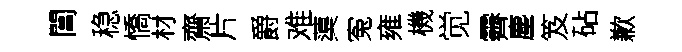
閶稳憍材齋片爵难蕖寃雍機觉霽塵笈砧歉